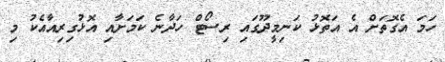
ހަމަ އެގޮތަށް އެ އަތޮޅު ކަނިމީދޫގައި ރިސޯޓް ހަދާނެ ކަމަށާއި އޮޅުގިރިއާއެކު މި